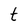
Character: t